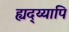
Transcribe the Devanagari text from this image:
ह्यद्य्यापि